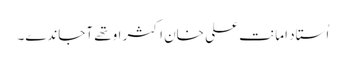
اُستاد امانت علی خان اکثر اوتھے آجاندے۔